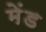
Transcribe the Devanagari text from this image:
मेंड